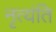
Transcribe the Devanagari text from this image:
नृत्यंति